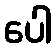
ပေါ